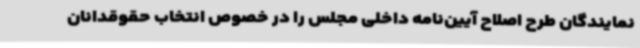
نمایندگان طرح اصلاح آیین‌نامه داخلی مجلس را در خصوص انتخاب حقوقدانان